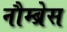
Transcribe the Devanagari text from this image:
नौम्ब्रेस